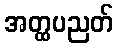
အတ္ထပညတ်